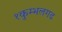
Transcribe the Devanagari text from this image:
१कुम्भलगढ